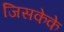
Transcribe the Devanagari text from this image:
जिसकेके